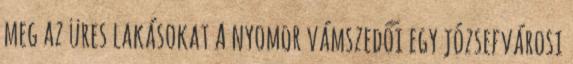
meg az üres lakásokat A nyomor vámszedői egy józsefvárosi